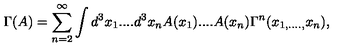
\Gamma ( A ) = \sum _ { n = 2 } ^ { \infty } \int d ^ { 3 } x _ { 1 } . . . . d ^ { 3 } x _ { n } A ( x _ { 1 } ) . . . . A ( x _ { n } ) \Gamma ^ { n } ( x _ { 1 , . . . . , } x _ { n } ) ,